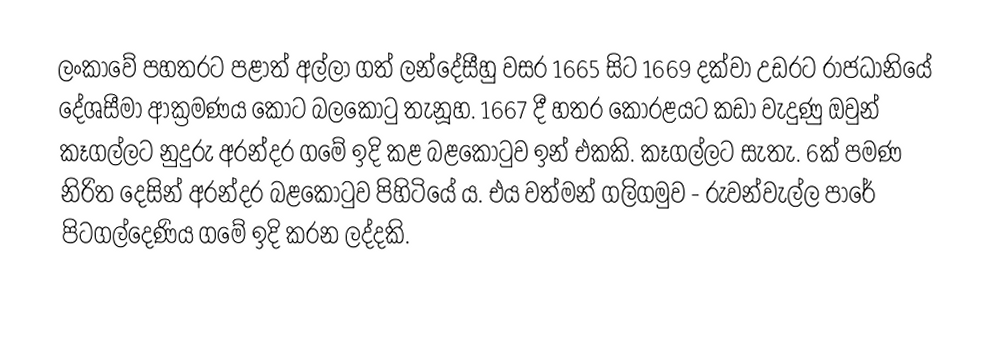
ලංකාවේ පහතරට පළාත් අල්ලා ගත් ලන්දේසීහු වසර 1665 සිට 1669 දක්වා උඩරට රාජධානියේ දේශසීමා ආක්‍රමණය කොට බලකොටු තැනූහ. 1667 දී හතර කෝරළයට කඩා වැදුණු ඔවුන් කෑගල්ලට නුදුරු අරන්දර ගමේ ඉදි කළ බළකොටුව ඉන් එකකි. කෑගල්ලට සැතැ. 6ක් පමණ නිරිත දෙසින් අරන්දර බළකොටුව පිහිටියේ ය. එය වත්මන් ගලිගමුව - රුවන්වැල්ල පාරේ පිටගල්දෙණිය ගමේ ඉදි කරන ලද්දකි.